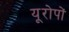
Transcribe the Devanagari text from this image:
यूरोपों